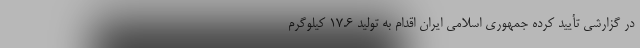
در گزارشی تأیید کرده جمهوری اسلامی ایران اقدام به تولید ۱۷.۶ کیلوگرم